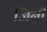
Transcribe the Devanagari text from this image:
जिन्नी